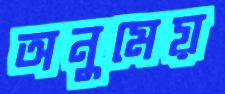
অনুমেয়